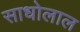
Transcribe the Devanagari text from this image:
साधोलाल